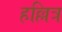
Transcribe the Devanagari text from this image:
हल्लित्र